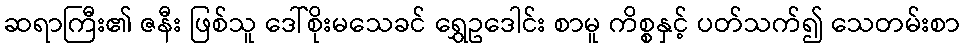
ဆရာကြီး၏ ဇနီး ဖြစ်သူ ဒေါ်စိုးမသေခင် ရွှေဥဒေါင်း စာမူ ကိစ္စနှင့် ပတ်သက်၍ သေတမ်းစာ